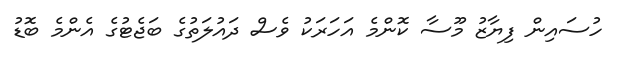
ހުސައިން ފިޔާޒު މޫސާ ކޮންމެ އަހަރަކު ވެސް ދައުލަތުގެ ބަޖެޓުގެ އެންމެ ބޮޑު